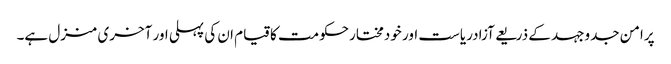
پرامن جدوجہد کے ذریعے آزادریاست اور خودمختارحکومت کاقیام ان کی پہلی اور آخری منزل ہے۔